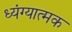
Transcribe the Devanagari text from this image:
ध्यंग्यात्मक